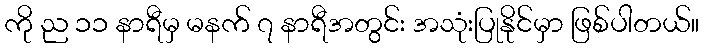
ကို ည ၁၁ နာရီမှ မနက် ၇ နာရီအတွင်း အသုံးပြုနိုင်မှာ ဖြစ်ပါတယ်။